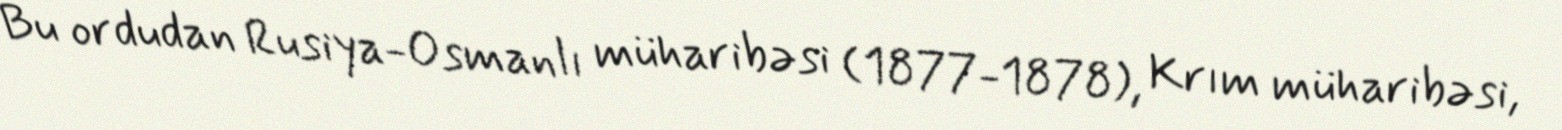
Bu ordudan Rusiya-Osmanlı müharibəsi (1877-1878), Krım müharibəsi,